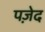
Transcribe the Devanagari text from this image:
पज़ेद